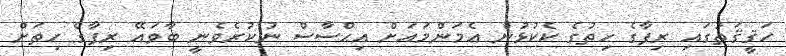
ހަޤީޤަތުގައި ރިފާގެ ހިތުގެ ކެކުޅުން އެމަންމައަށް އިޙްސާސް ނުކުރެވެނީ ބާވައޭ ރިފާގެ ހިތަށް